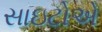
સાઇટોએ